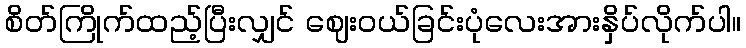
စိတ်ကြိုက်ထည့်ပြီးလျှင် ဈေးဝယ်ခြင်းပုံလေးအားနှိပ်လိုက်ပါ။